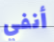
أنفي